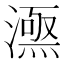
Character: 𣾎